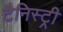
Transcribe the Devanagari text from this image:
टैनिस्ट्री